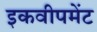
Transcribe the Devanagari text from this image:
इकवीपमेंट